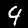
Digit: 9